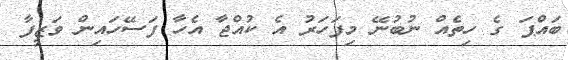
ބައްޕަ ގެ ހިތެއް ނުބުނޭ މިފަހަރު އެ ކުއްޖާ އެހާ ފަސޭހައިން ވަޒީފާ